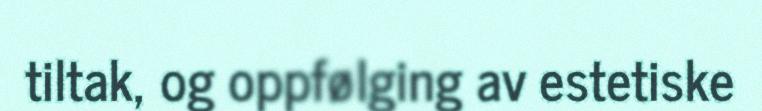
tiltak, og oppfølging av estetiske